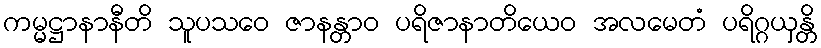
ကမ္မဋ္ဌာနာနီတိ သူပသဝေ ဇာနန္တာဝ ပရိဇာနာတိယေဝ အလမေတံ ပရိဂ္ဂယှန္တိ